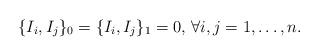
LaTeX: \begin{align*} \{I_i,I_j\}_0=\{I_i, I_j\}_1= 0,\,\forall i,j=1,\dots,n.\end{align*}